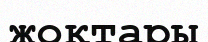
жоқтары